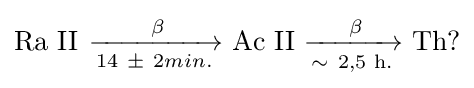
\mathrm {Ra\ II} _{}^{}\ {\xrightarrow[{{\text{14}}\ \mathrm {\pm } \ {2min.}}]{{\text{ }}\mathrm {\beta } }}\mathrm {\ Ac\ II\ } {\xrightarrow[{\mathrm {\sim } \ {\text{2,5 h.}}}]{{\text{ }}\mathrm {\beta } }}\mathrm {\ Th?}